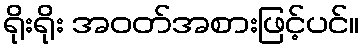
ရိုးရိုး အဝတ်အစားဖြင့်ပင်။